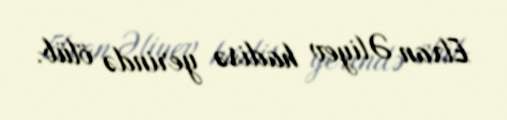
Elxan Əliyev hadisə yerində ölüb.